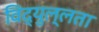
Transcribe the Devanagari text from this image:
विद्युल्लता